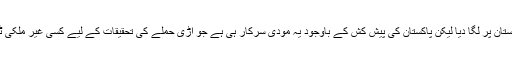
مودی سرکار نے اڑی حملے کا الزام تو پاکستان پر لگا دیا لیکن پاکستان کی پیش کش کے باوجود یہ مودی سرکار ہی ہے جو اڑی حملے کی تحقیقات کے لیے کسی غیر ملکی ٹیم کو وہاں جانے کی اجازت نہیں دے رہی۔